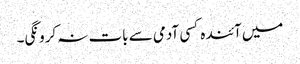
میں آئندہ کسی آدمی سے بات نہ کرونگی۔